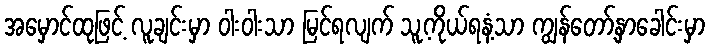
အမှောင်ထုဖြင့် လူချင်းမှာ ဝါးဝါးသာ မြင်ရလျက် သူ့ကိုယ်ရနံ့သာ ကျွန်တော့်နှာခေါင်းမှာ